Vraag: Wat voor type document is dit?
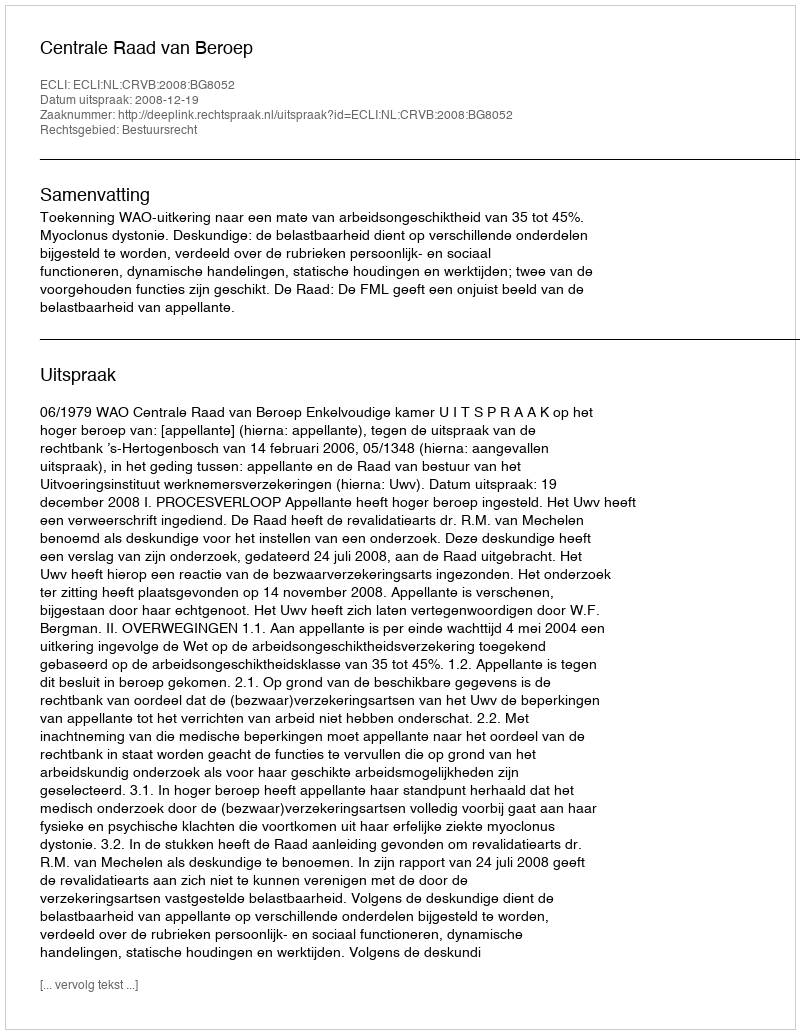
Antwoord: Uitspraak